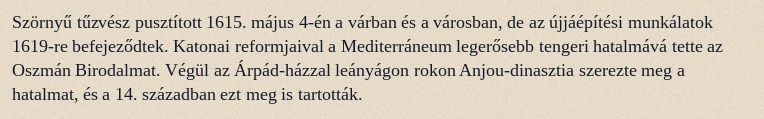
Szörnyű tűzvész pusztított 1615. május 4-én a várban és a városban, de az újjáépítési munkálatok 1619-re befejeződtek. Katonai reformjaival a Mediterráneum legerősebb tengeri hatalmává tette az Oszmán Birodalmat. Végül az Árpád-házzal leányágon rokon Anjou-dinasztia szerezte meg a hatalmat, és a 14. században ezt meg is tartották.